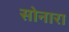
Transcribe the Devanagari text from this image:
सोनारा